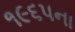
૧૯૬૫ના